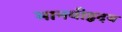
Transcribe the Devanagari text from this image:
मानवीहृदय